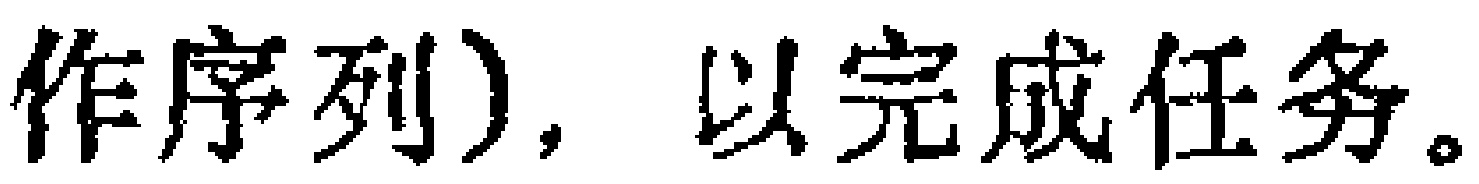
作序列), 以完成任务。